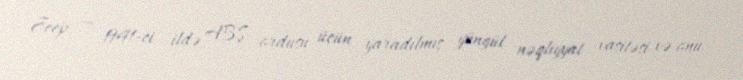
Jeep — 1941-ci ildə ABŞ ordusu üçün yaradılmış yüngül nəqliyyat vasitəsi və onu